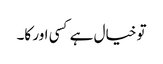
تو خیال ہے کسی اور کا۔